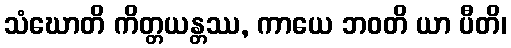
သံဃောတိ ကိတ္တယန္တဿ, ကာယေ ဘဝတိ ယာ ပီတိ၊